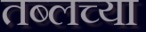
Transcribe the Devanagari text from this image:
तब्लच्या